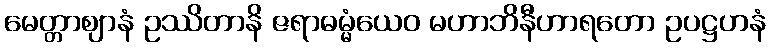
မေတ္တာဈာနံ ဥဿိတာနိ ဇရာဓမ္မံယေဝ မဟာဘိနီဟာရတော ဥပဋ္ဌဟနံ